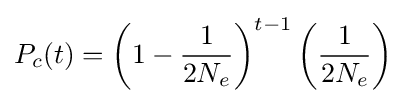
P_{c}(t)=\left(1-{\frac {1}{2N_{e}}}\right)^{t-1}\left({\frac {1}{2N_{e}}}\right)